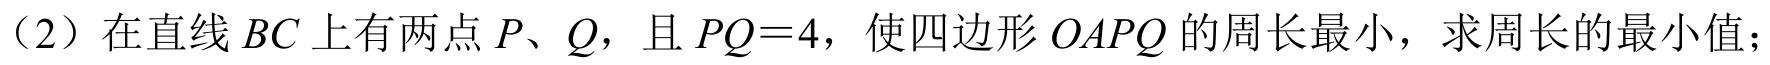
（2）在直线\(BC\)上有两点\(P、Q\)，且\(PQ = 4\)，使四边形\(OAPQ\)的周长最小，求周长的最小值；